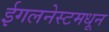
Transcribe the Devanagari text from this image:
ईगलनेस्टमधून